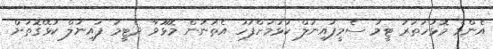
އެންމެ މޮޅުހަތަރު ޓީމު ސެމީފައިނަލް ކުޅުމަށްފަހު އެތަނުން މޮޅޫވާ ދެޓީމު ފައިނަލް ކުޅޭގޮތަށް